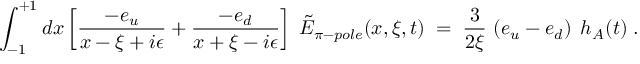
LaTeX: \int _ { - 1 } ^ { + 1 } d x \left[ { \frac { - e _ { u } } { x - \xi + i \epsilon } } + { \frac { - e _ { d } } { x + \xi - i \epsilon } } \right] \; \tilde { E } _ { \pi - p o l e } ( x , \xi , t ) \; = \; { \frac { 3 } { 2 \xi } } \, \left( e _ { u } - e _ { d } \right) \; h _ { A } ( t ) \; .